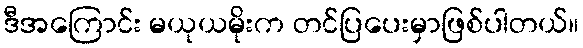
ဒီအကြောင်း မယုယမိုးက တင်ပြပေးမှာဖြစ်ပါတယ်။